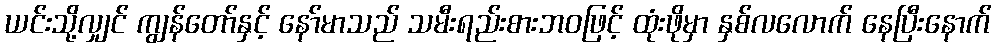
ယင်းသို့လျှင် ကျွန်တော်နှင့် နော်မာသည် သမီးရည်းစားဘဝဖြင့် ထုံးဖိုမှာ နှစ်လလောက် နေပြီးနောက်